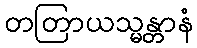
တတြာယသ္မန္တာနံ